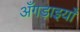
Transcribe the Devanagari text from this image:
अँगड़ाइयाँ